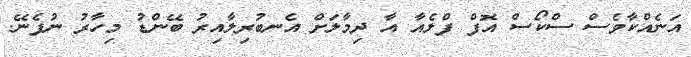
އަނެއްކާވެސް ސްކޯސް އޮފް ފްލެއާ އާ ދިމާލަށް އެނބުރިލާއިރު ބޭންޑު މިހާރު ނުފެނޭ.